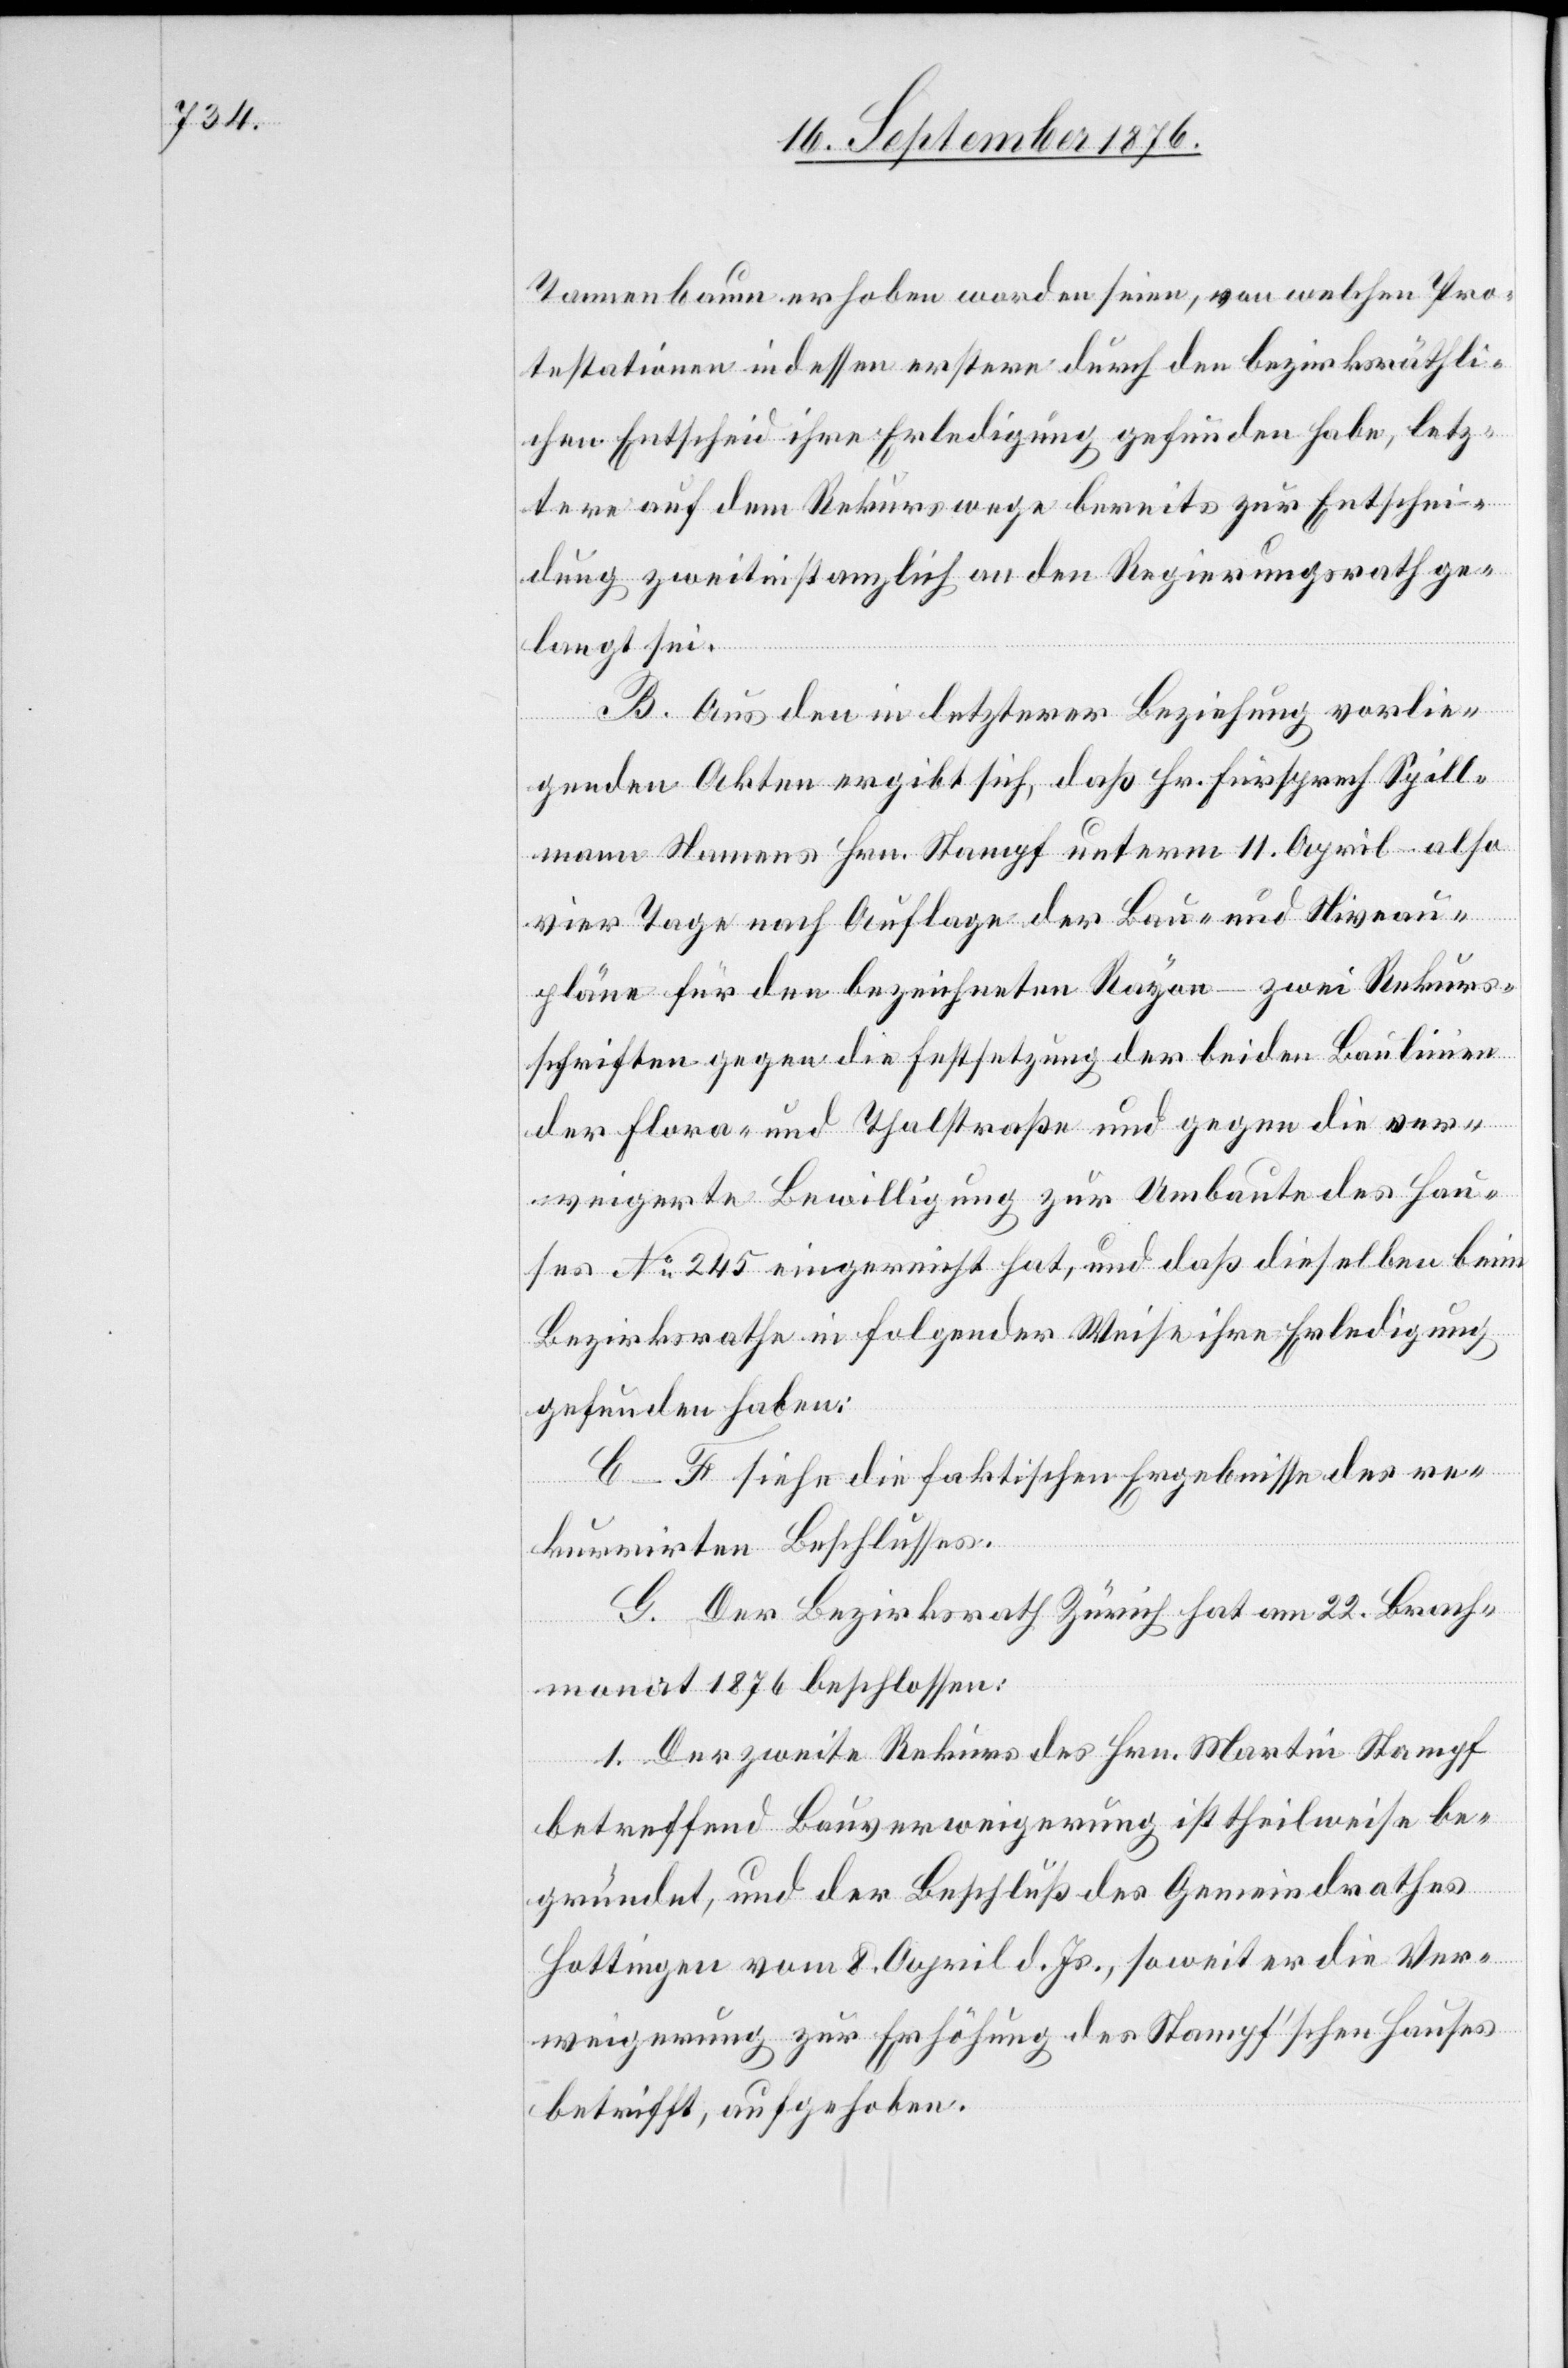
Tannenbaum erhoben worden seien, von welchen Pro¬
testationen indessen erstere durch den bezirksräthli¬
chen Entscheid ihre Erledigung gefunden habe, letz¬
tere auf dem Rekurswege bereits zur Entschei¬
dung zweitinstanzlich an den Regierungsrath ge¬
langt sei.
B. Aus den in letzterer Beziehung vorlie¬
genden Akten ergibt sich, daß Hr. Fürsprech Spill¬
mann Namens Hrn. Stampf unterm 11. April – also
vier Tage nach Auflage der Bau- und Niveau¬
pläne für den bezeichneten Rayon – zwei Rekurs¬
schriften gegen die Festsetzung der beiden Baulinien
der Flora- und Thalstraße und gegen die ver¬
weigerte Bewilligung zur Umbaute des Hau¬
ses No 245 eingereicht hat, und daß dieselben beim
Bezirksrathe in folgender Weise ihre Erledigung
gefunden haben:
C–F siehe die faktischen Ergebnisse des re¬
kurrirten Beschlusses.
G. Der Bezirksrath Zürich hat am 22. Brach¬
monat 1876 beschlossen:
1. Der zweite Rekurs des Hrn. Martin Stampf
betreffend Bauverweigerung ist theilweise be¬
gründet, und der Beschluß des Gemeindrathes
Hottingen vom 8. April d. Js., soweit er die Ver¬
weigerung zur Erhöhung des Stampf’schen Hauses
betrifft, aufgehoben.